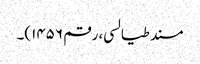
مسند طیالسی، رقم ۱۴۵۶)۔